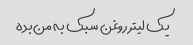
یک لیتر روغن سبک به من بده